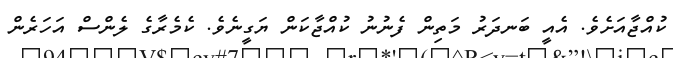
ކުއްޖާއަށެވެ. އެއީ ބަނދަރު މަތިން ފެނުނު ކުއްޖާކަން ޔަގީނެވެ. ކެމެރާގެ ލެންސް އަހަރެން